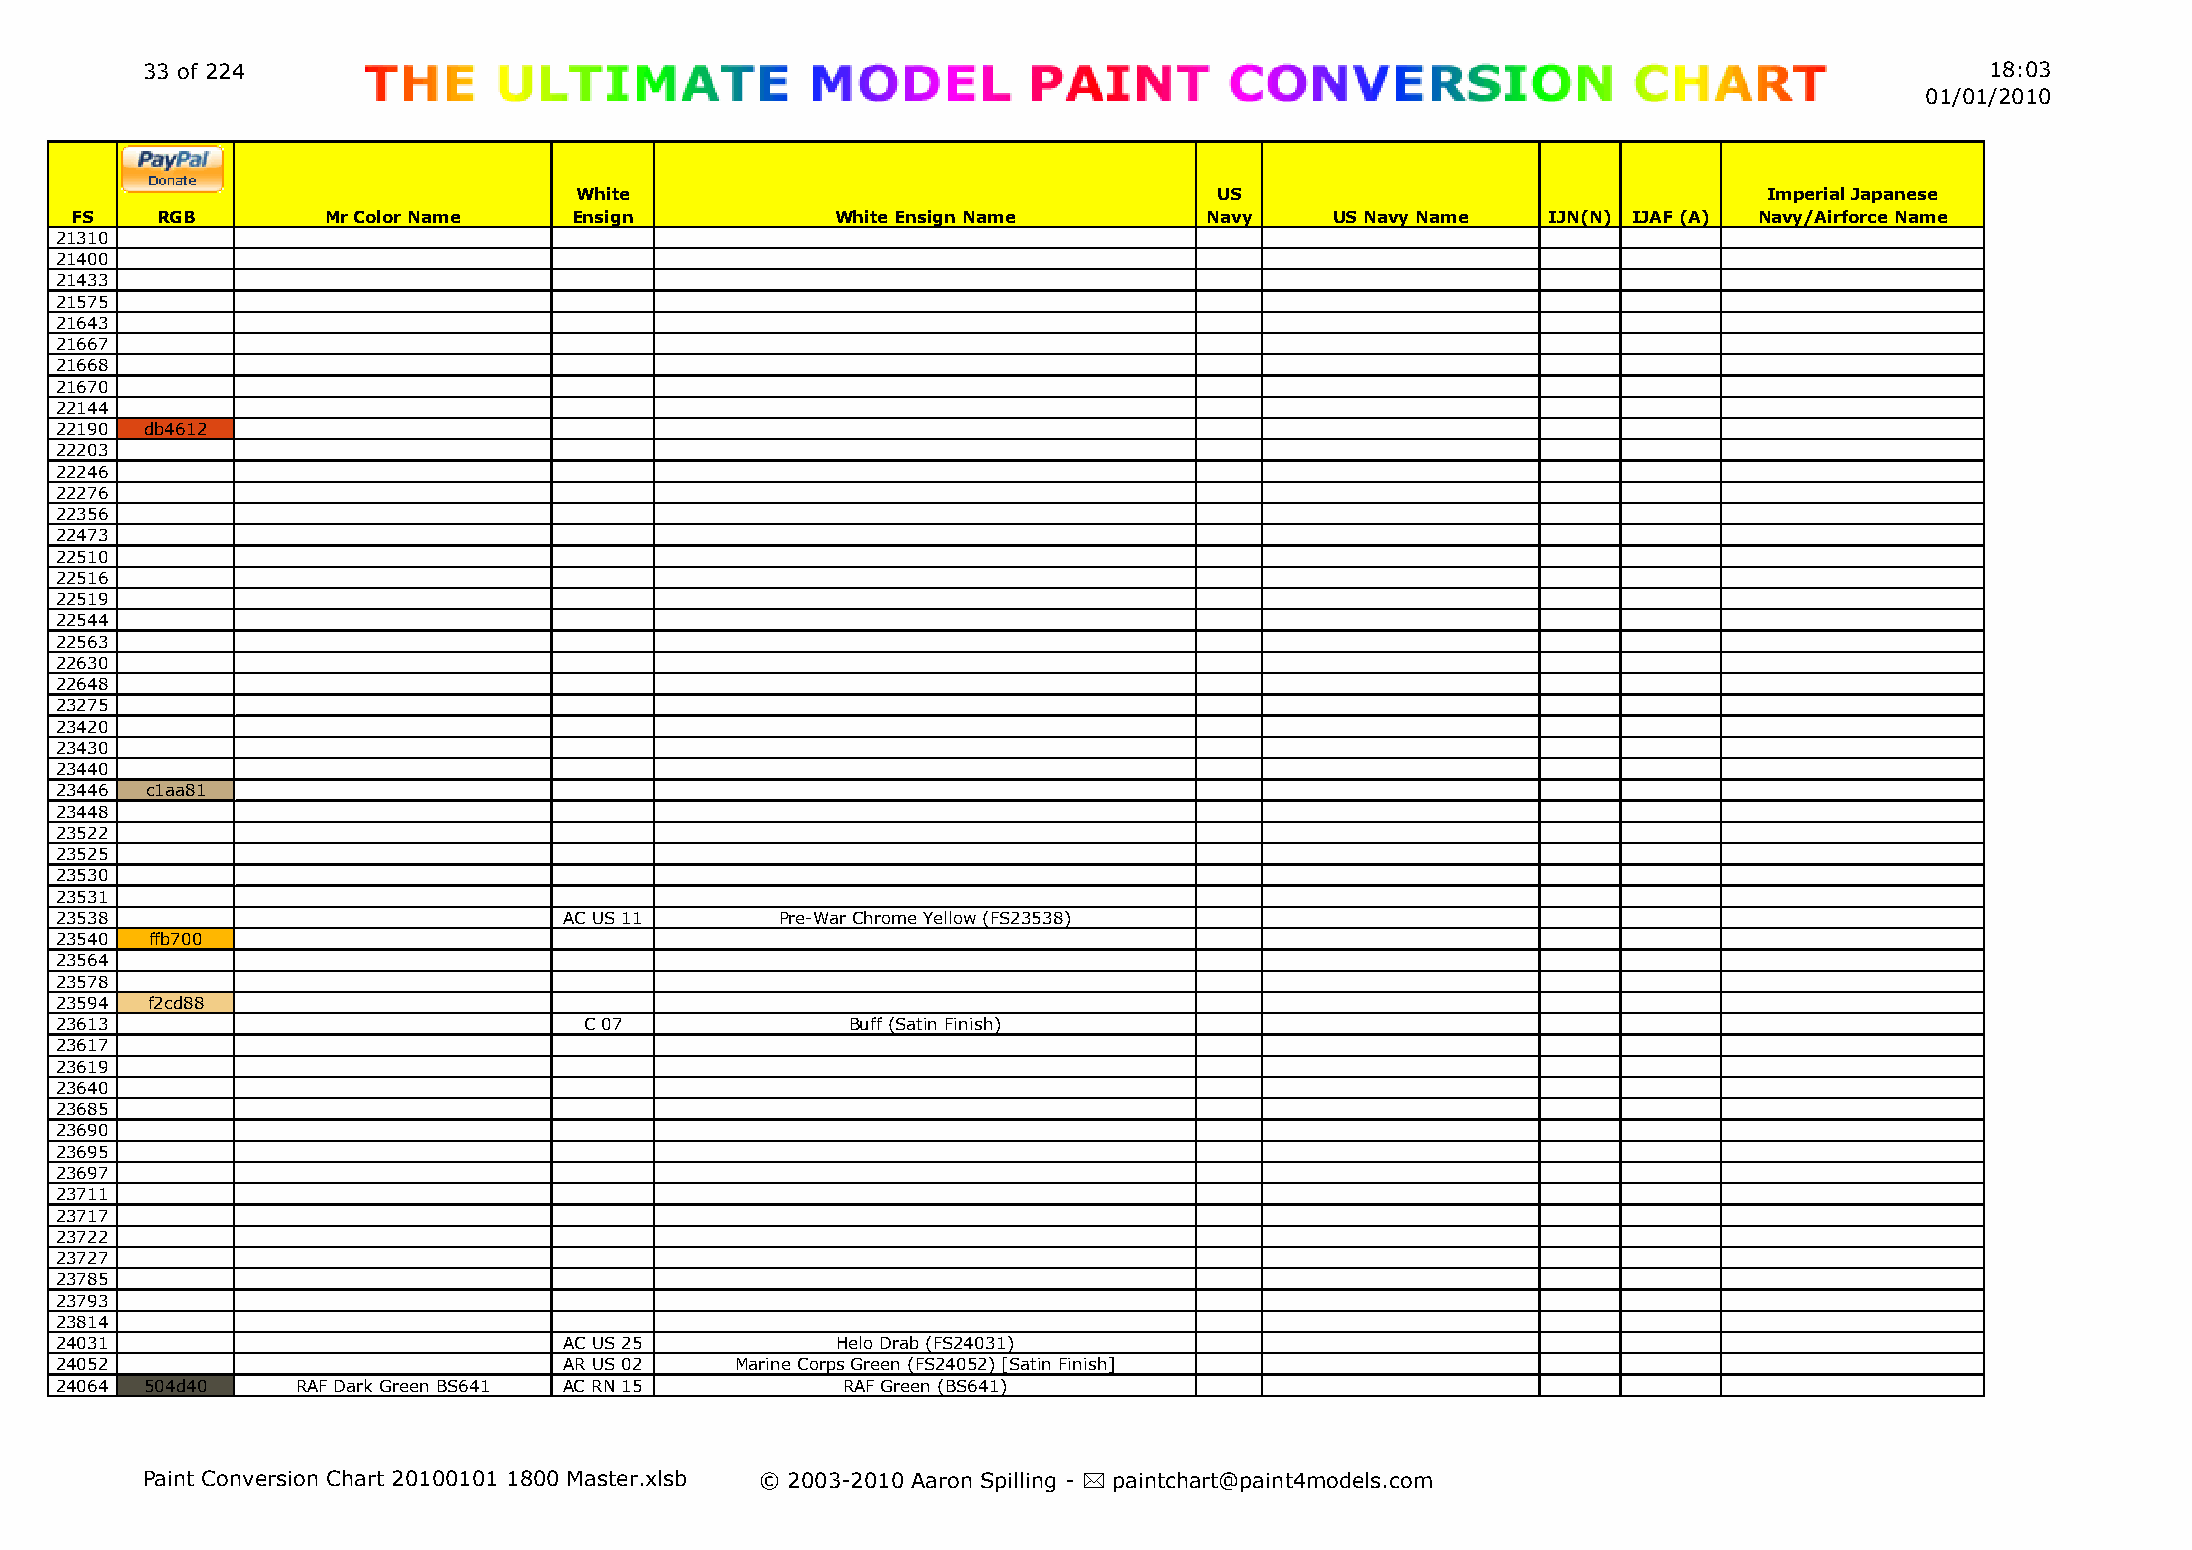
33 of 224                                                                                                                  18:03
 01/01/2010
 White                                      US                                  Imperial Japanese
 FS   RGB         Mr Color Name   Ensign           White Ensign Name        Navy    US Navy Name  IJN(N) IJAF (A) Navy/Airforce Name
 21310
 21400
 21433
 21575
 21643
 21667
 21668
 21670
 22144
 22190 db4612
 22203
 22246
 22276
 22356
 22473
 22510
 22516
 22519
 22544
 22563
 22630
 22648
 23275
 23420
 23430
 23440
 23446 c1aa81
 23448
 23522
 23525
 23530
 23531
 23538                            AC US 11       Pre-War Chrome Yellow (FS23538)
 23540 ffb700
 23564
 23578
 23594 f2cd88
 23613                              C 07             Buff (Satin Finish)
 23617
 23619
 23640
 23685
 23690
 23695
 23697
 23711
 23717
 23722
 23727
 23785
 23793
 23814
 24031                            AC US 25          Helo Drab (FS24031)
 24052                            AR US 02    Marine Corps Green (FS24052) [Satin Finish]
 24064 504d40    RAF Dark Green BS641 AC RN 15       RAF Green (BS641)
 Paint Conversion Chart 20100101 1800 Master.xlsb © 2003-2010 Aaron Spilling - * paintchart@paint4models.com